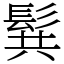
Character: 髸